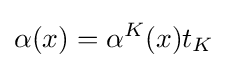
\alpha (x)=\alpha ^{K}(x)t_{K}